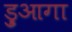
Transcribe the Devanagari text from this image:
ड्रुआगा